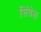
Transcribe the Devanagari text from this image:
सिंबेल